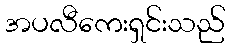
အပလီကေးရှင်းသည်